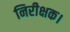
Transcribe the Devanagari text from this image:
निरीक्षक।